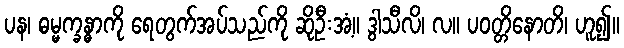
ပန၊ ဓမ္မက္ခန္ဓာကို ရေတွက်အပ်သည်ကို ဆိုဦးအံ့။ ဒွါသီလိ၊ လ။ ပဝတ္တိနောတိ၊ ဟူ၍။